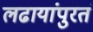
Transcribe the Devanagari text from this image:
लढायांपुरतं